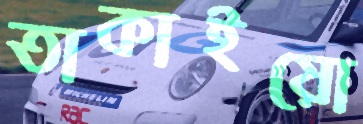
তাকাইয়ো